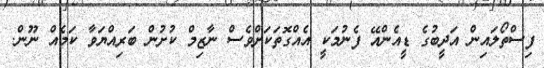
ފިސްތޯލައިން އަދީބުގެ ޑީއެންއޭ ފެނުމަކީ އެއްގޮތަކަށްވެސް ނާޒިމް ކުށުން ބަރިއްޔަވާ ކަމެއް ނޫން.